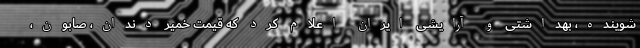
شوینده، بهداشتی و آرایشی ایران اعلام کرد که قیمت خمیر دندان، صابون،